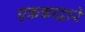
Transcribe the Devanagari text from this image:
एककाद्वारे